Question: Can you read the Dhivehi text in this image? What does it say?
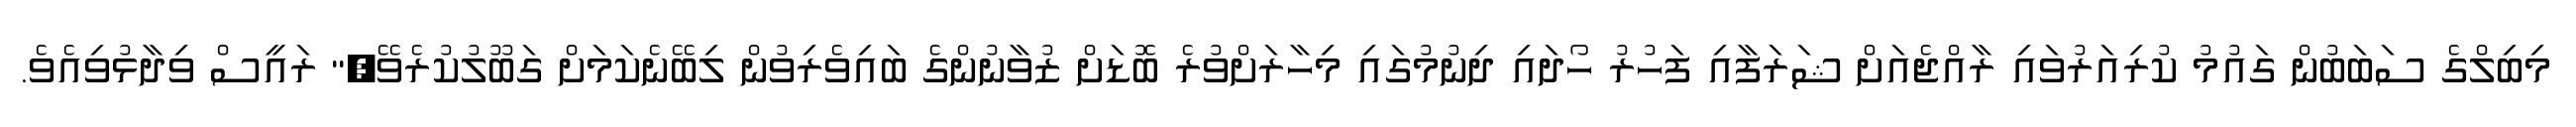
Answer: މިބިލްގެ ސަބަބުން ގައުމު ކުރިއަރުވައި ރާއްޖެއަށް ޝަރަފާއި ފަހުރު ހޯދައި ދިނުމުގައި މިހާރަށްވުރެ ބޮޑަށް ޒުވާނުންގެ ބައިވެރިވުން ލިބޭނެކަމަށް ގަބޫލުކުރެވޭ," ރައީސް ވިދާޅުވިއެވެ.